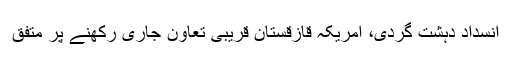
انسداد دہشت گردی، امریکہ قازقستان قریبی تعاون جاری رکھنے پر متفق